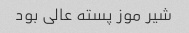
شیر موز پسته عالى بود